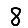
Digit: 8